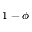
1 - \phi